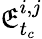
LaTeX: \mathfrak{E}_{t_{c}}^{i,j}